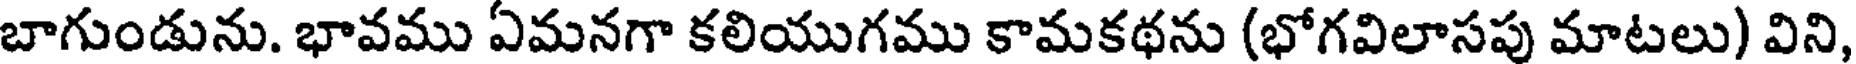
బాగుండును. భావము ఏమనగా కలియుగము కామకథను (భోగవిలాసపు మాటలు) విని